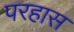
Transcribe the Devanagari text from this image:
परहास